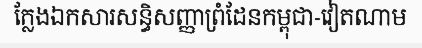
ក្លែងឯកសារសន្ធិសញ្ញាព្រំដែនកម្ពុជា-វៀតណាម